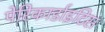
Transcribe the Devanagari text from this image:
पेरिकार्डाइटिस